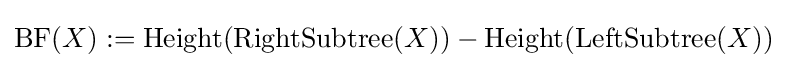
{\text{BF}}(X):={\text{Height}}({\text{RightSubtree}}(X))-{\text{Height}}({\text{LeftSubtree}}(X))